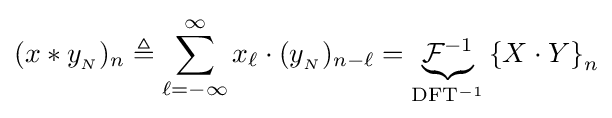
(x*y_{_{N}})_{n}\triangleq \sum _{\ell =-\infty }^{\infty }x_{\ell }\cdot (y_{_{N}})_{n-\ell }=\underbrace {{\mathcal {F}}^{-1}} _{\rm {DFT^{-1}}}\left\{X\cdot Y\right\}_{n}